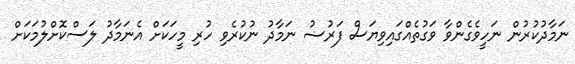
ނަމާދުކުރުން ނަހީވެގެންވާ ވަގުތެއްގައިވިޔަސް ފަރުޟު ނަމާދު ނުކުރެވި ހުރި މީހަކަށް އެނަމާދު ލަސްކޮށްލުމަކަށް